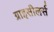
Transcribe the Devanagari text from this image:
ग्राइसीलर्स